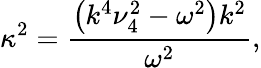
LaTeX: \kappa^{2}=\frac{\left(k^{4}\nu_{4}^{2}-\omega^{2}\right)k^{2}}{\omega^{2}},